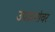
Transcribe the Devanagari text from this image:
उपक्रमांवर